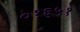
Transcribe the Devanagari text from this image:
०१६५१